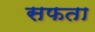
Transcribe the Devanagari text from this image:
सफता